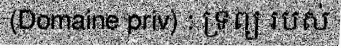
(Domaine priv) : ទ្រព្យ របស់